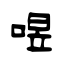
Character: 喅